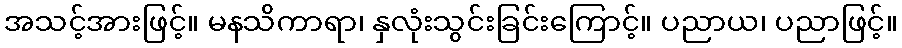
အသင့်အားဖြင့်။ မနသိကာရာ၊ နှလုံးသွင်းခြင်းကြောင့်။ ပညာယ၊ ပညာဖြင့်။